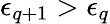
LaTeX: \epsilon_{q+1}>\epsilon_{q}